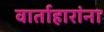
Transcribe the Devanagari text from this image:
वार्ताहारांना